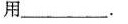
用___。